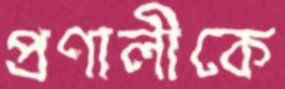
প্রণালীকে